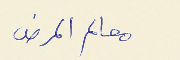
معالم المرض